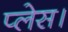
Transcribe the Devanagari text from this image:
प्‍लेस।